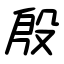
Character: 殷